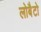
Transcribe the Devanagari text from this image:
लोबैटो